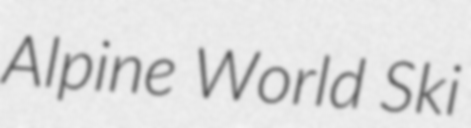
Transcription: Alpine World Ski